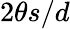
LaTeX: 2\theta s/d